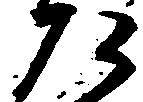
た